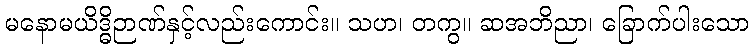
မနောမယိဒ္ဓိဉာဏ်နှင့်လည်းကောင်း။ သဟ၊ တကွ။ ဆအဘိညာ၊ ခြောက်ပါးသော